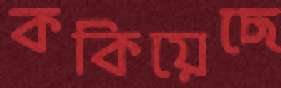
ককিয়েছে